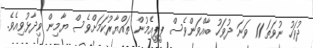
ދުވަހު ނުވަތަ 11 ވަނަ ދުވަހު ބާއްވަންވެސް ޕީޕީއެމުން ތައްޔާރުކަމަށްވެސް ޔާމިން ވިދާޅުވިއެވެ.